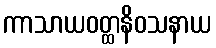
ကာသာယဝတ္ထနိဝသနာယ